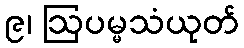
၉၊ ဩပမ္မသံယုတ်